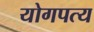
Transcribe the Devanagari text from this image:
योगपत्य